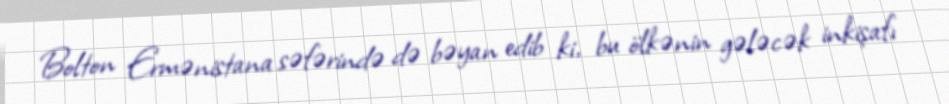
Bolton Ermənistana səfərində də bəyan edib ki, bu ölkənin gələcək inkişafı